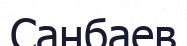
Санбаев